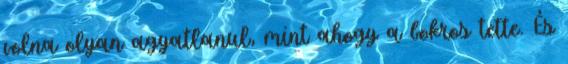
volna olyan agyatlanul, mint ahogy a bokros tette. És